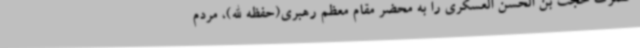
حضرت حجت بن الحسن العسکری را به محضر مقام معظم رهبری(حفظه الله)، مردم